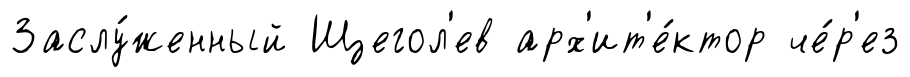
Заслу́женный Щегол'ев арх'ит'е́ктор че́р'ез